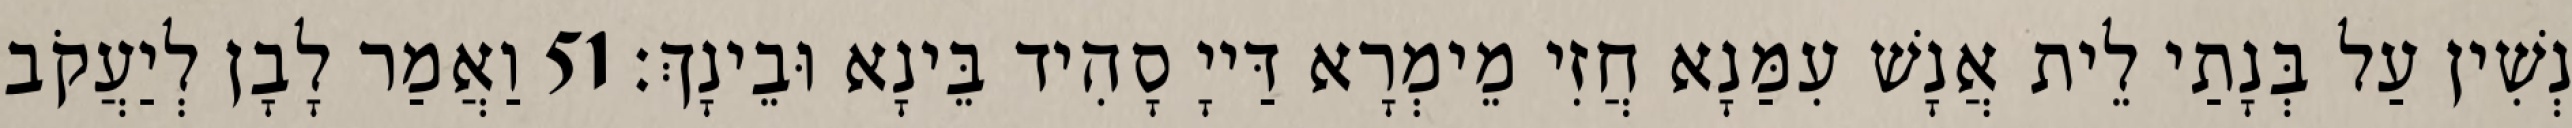
נְשִׁין עַל בְּנָתַי לֵית אֲנָשׁ עִמַּנָא חֲזִי מֵימְרָא דַּייָ סָהִיד בֵּינָא וּבֵינָךְ׃ 51 וַאֲמַר לָבָן לְיַעֲקֹב